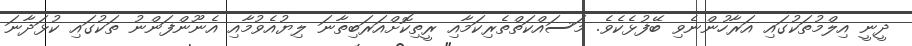
ދީނީ އިލްމުތަކުގައި އަރާހުންނެވި ބޭފުޅެކެވެ. މަސައްކަތްތެރިކަމާއި ރީތިކޮށްއަރަބިތާނަ ލިޔުއެވުމާއި އެނޫންފަންނު ތަކުގައި ކުޅަދާނަ